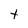
Character: t